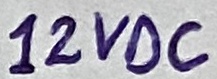
Text: 12VDC